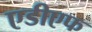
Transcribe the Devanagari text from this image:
एडीएफ